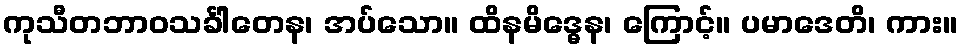
ကုသီတဘာဝသင်္ခါတေန၊ အပ်သော။ ထိနမိဒ္ဓေန၊ ကြောင့်။ ပမာဒေတိ၊ ကား။